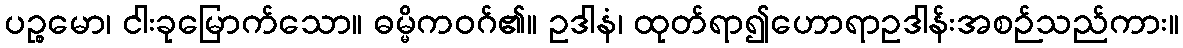
ပဉ္စမော၊ ငါးခုမြောက်သော။ ဓမ္မိကဝဂ်၏။ ဥဒါနံ၊ ထုတ်ရာ၍ဟောရာဥဒါန်းအစဉ်သည်ကား။